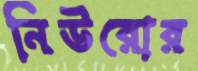
নিউরোর